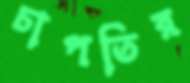
চাপতির